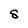
Character: 8